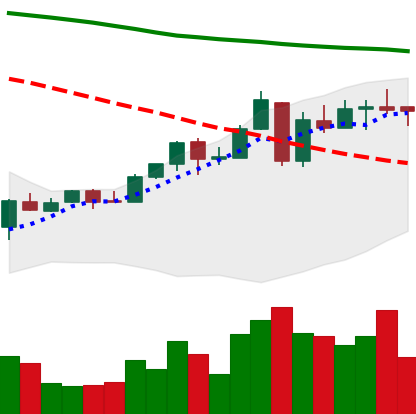
Ticker: ETC-USD
Chart end date: 2018-05-01
Forward return: 17.432%
Label: up_7plus